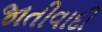
જાતીવાદી